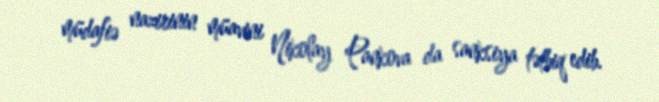
müdafiə nazirinin müavini Nikolay Pankova da sanksiya tətbiq edib.